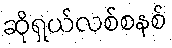
ဆိုရှယ်လစ်စနစ်